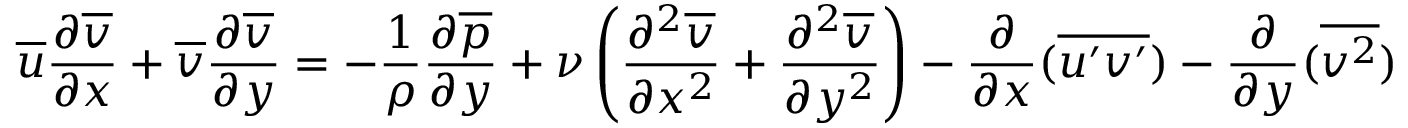
{ \overline { { u } } } { \frac { \partial { \overline { { v } } } } { \partial x } } + { \overline { { v } } } { \frac { \partial { \overline { { v } } } } { \partial y } } = - { \frac { 1 } { \rho } } { \frac { \partial { \overline { { p } } } } { \partial y } } + \nu \left( { \frac { \partial ^ { 2 } { \overline { { v } } } } { \partial x ^ { 2 } } } + { \frac { \partial ^ { 2 } { \overline { { v } } } } { \partial y ^ { 2 } } } \right) - { \frac { \partial } { \partial x } } ( { \overline { { u ^ { \prime } v ^ { \prime } } } } ) - { \frac { \partial } { \partial y } } ( { \overline { { v ^ { 2 } } } } )